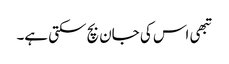
تبھی اس کی جان بچ سکتی ہے۔